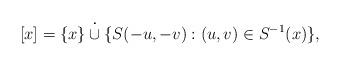
LaTeX: \begin{align*}[x]=\{x\}\overset{\boldsymbol\cdot}\cup \{S(-u,-v):(u,v)\in S^{-1}(x)\},\end{align*}